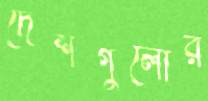
দেশগুলোর